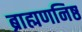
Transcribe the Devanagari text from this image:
ब्राह्मणनिष्ठ